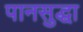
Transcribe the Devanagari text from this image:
पानसुद्धा